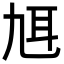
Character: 𦔱